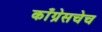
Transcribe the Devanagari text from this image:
काँग्रेसचेच